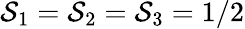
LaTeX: \mathcal{S}_{1}=\mathcal{S}_{2}=\mathcal{S}_{3}=1/2